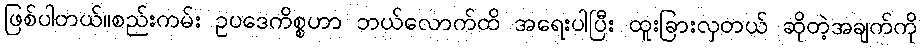
ဖြစ်ပါတယ်။စည်းကမ်း ဥပဒေကိစ္စဟာ ဘယ်လောက်ထိ အရေးပါပြီး ထူးခြားလှတယ် ဆိုတဲ့အချက်ကို